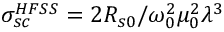
\sigma _ { s c } ^ { H F S S } = 2 R _ { s 0 } / \omega _ { 0 } ^ { 2 } \mu _ { 0 } ^ { 2 } \lambda ^ { 3 }